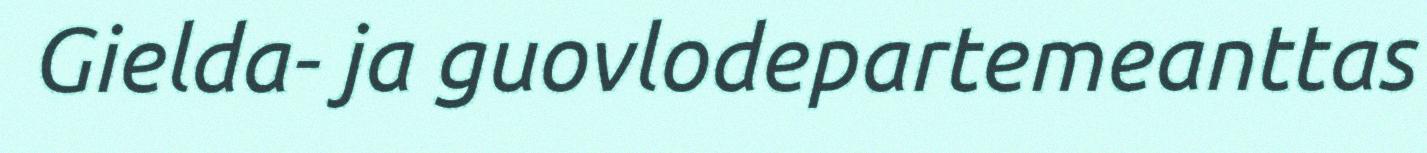
Gielda- ja guovlodepartemeanttas